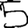
Digit: 5